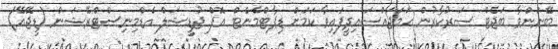
ބޭނުންވާ ބަޖެޓް ސަރުކާރުން ހަމަޖައްސައިދީފައިވާ ކަމަށް ޑިޕާޓްމެންޓް އޮފް ޖުޑީޝަލް އެޑްމިނިސްޓްރޭޝަން (ޑީޖޭއޭ)